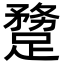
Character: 𨄝